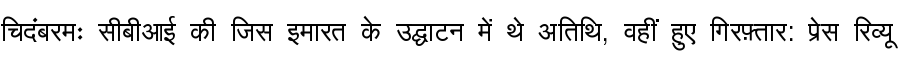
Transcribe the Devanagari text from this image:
चिदंबरमः सीबीआई की जिस इमारत के उद्घाटन में थे अतिथि, वहीं हुए गिरफ़्तार: प्रेस रिव्यू